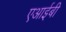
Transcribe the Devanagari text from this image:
एआईबी